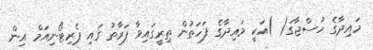
މައިދާގެ ހުސްޖާގަ( )އަކީ މައިދާގެ ފަހަތުން ތިރީގައިވާ ފަރާތު ގައި ޕެރިޓޯނިއަމް އިން